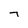
Character: 7